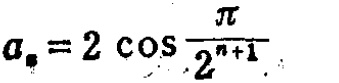
\(a_{n}=2\cos\frac{\pi}{2^{n + 1}}\)